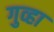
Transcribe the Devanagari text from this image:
गुव्हा